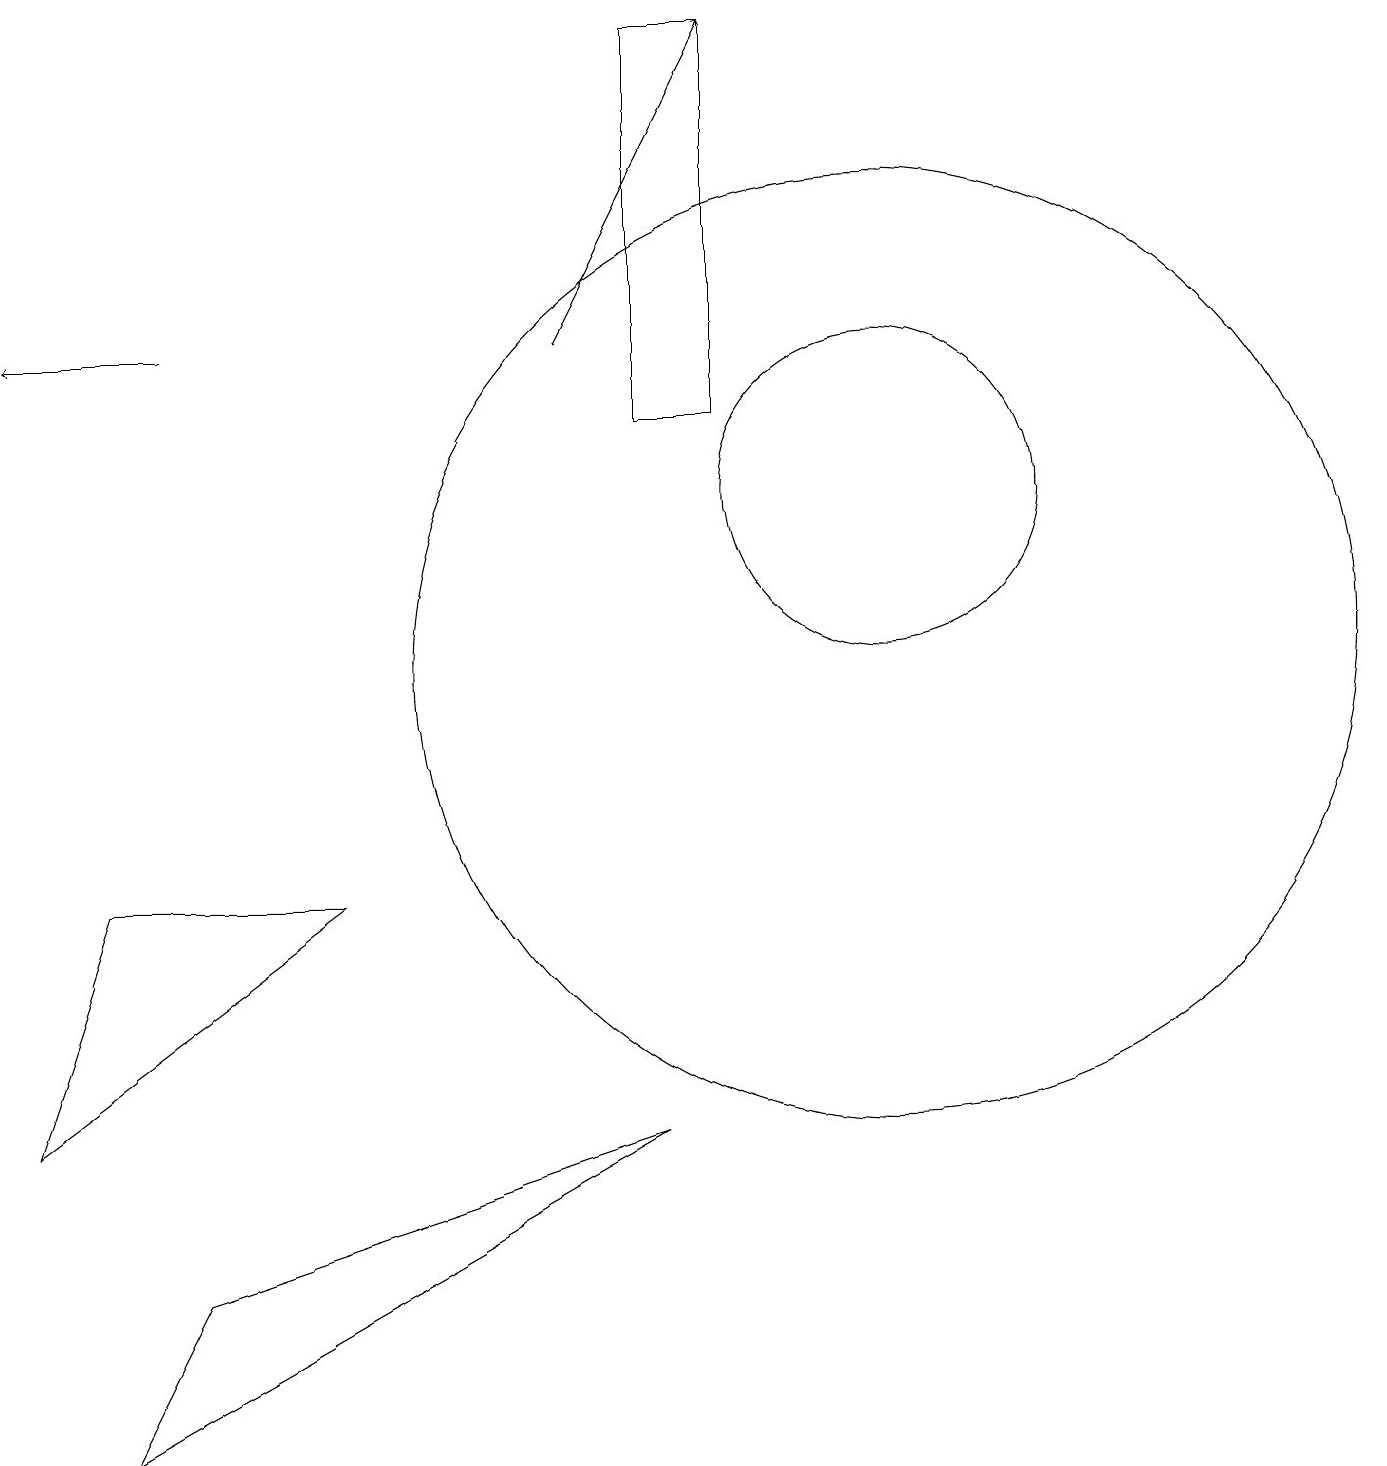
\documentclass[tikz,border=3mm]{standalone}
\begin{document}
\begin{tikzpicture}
\draw (11,10) circle (6);
\draw (0,4) -- (4,7) -- (1,7) -- cycle;
\draw[->] (2,14) -- (0,14);
\draw (11,12) circle (2);
\draw[->] (7,14) -- (9,18);
\draw (1,0) -- (2,2) -- (8,4) -- cycle;
\draw (8,13) rectangle (9,18);
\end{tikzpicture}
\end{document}